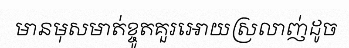
មានមុសមាត់ខ្ចូតគួរអោយស្រលាញ់ដូច